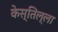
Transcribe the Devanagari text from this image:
केस्तिल्ला